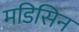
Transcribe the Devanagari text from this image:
मडिसिन